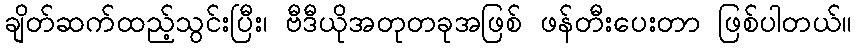
ချိတ်ဆက်ထည့်သွင်းပြီး၊ ဗီဒီယိုအတုတခုအဖြစ် ဖန်တီးပေးတာ ဖြစ်ပါတယ်။